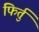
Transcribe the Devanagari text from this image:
फिर्तु